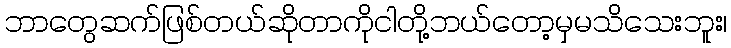
ဘာတွေဆက်ဖြစ်တယ်ဆိုတာကိုငါတို့ဘယ်တော့မှမသိသေးဘူး၊